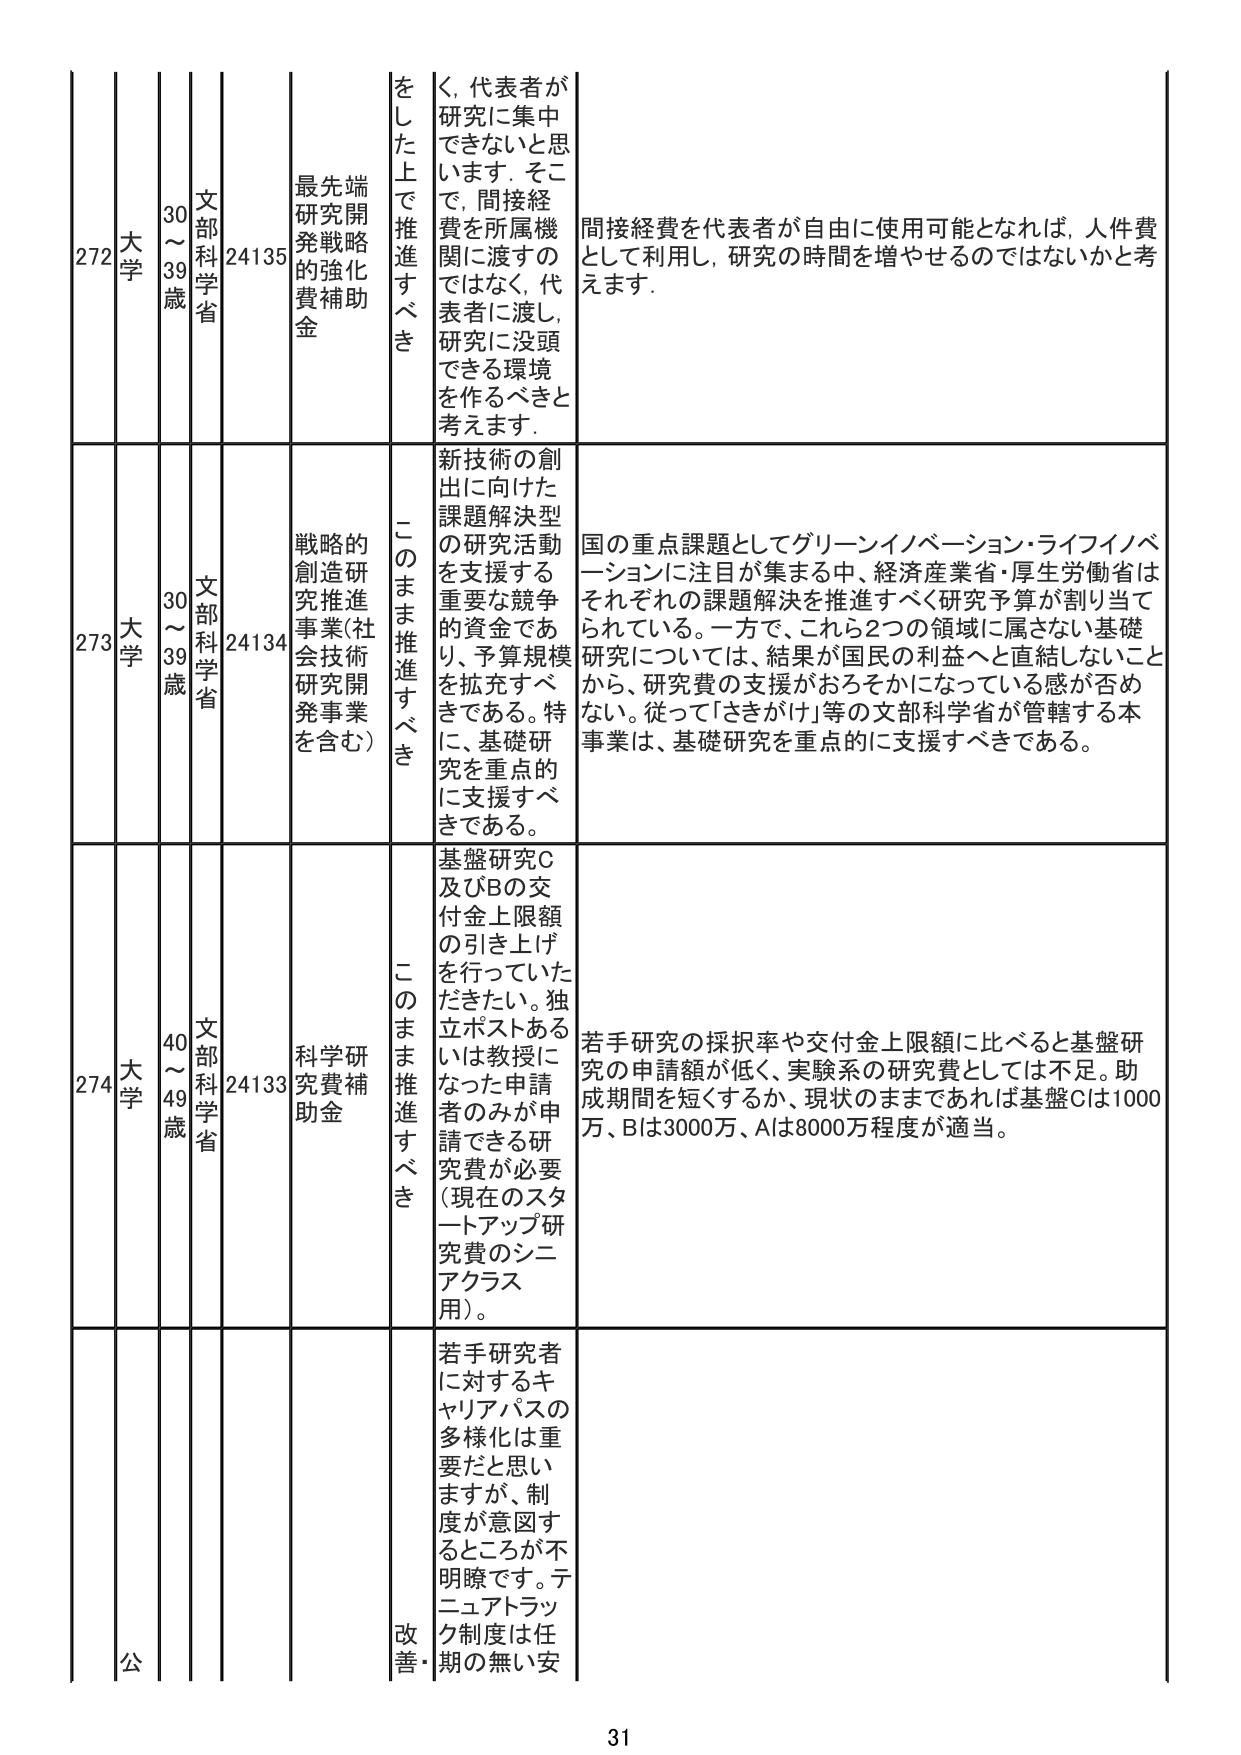
272 大学 30～39歳 文部科学省 24135 最先端研究開発戦略的強化費補助金 をした上で推進すべき く、代表者が研究に集中できないと思います。そこで、間接経費を所属機関に渡すのではなく、代表者に渡し、研究に没頭できる環境を作るべきと考えます。 間接経費を代表者が自由に使用可能となれば、人件費として利用し、研究の時間を増やせるのではないかと考えます。

273 大学 30～39歳 文部科学省 24134 戦略的創造研究推進事業（社会技術研究開発事業を含む） このまま推進すべき 新技術の創出に向けた課題解決型の研究活動を支援する重要な競争的資金であり、予算規模を拡充すべきである。特に、基礎研究を重点的に支援すべきである。 国の重点課題としてグリーンイノベーション・ライフイノベーションに注目が集まる中、経済産業省・厚生労働省はそれぞれの課題解決を推進すべく研究予算が割り当てられている。一方で、これら2つの領域に属さない基礎研究については、結果が国民の利益へと直結しないことから、研究費の支援がおろそかになっている感が否めない。従って「さきがけ」等の文部科学省が管轄する本事業は、基礎研究を重点的に支援すべきである。

274 大学 40～49歳 文部科学省 24133 科学研究費補助金 このまま推進すべき 基盤研究C及びBの交付金上限額の引き上げを行っていただきたい。独立ポストあるいは教授になった申請者のみが申請できる研究費が必要（現在のスタートアップ研究費のシニアクラス用）。 若手研究の採択率や交付金上限額に比べると基盤研究の申請額が低く、実験系の研究費としては不足。助成期間を短くするか、現状のままであれば基盤Cは1000万、Bは3000万、Aは8000万程度が適当。

公 改善・ 若手研究者に対するキャリアパスの多様化は重要だと思いますが、制度が意図するところが不明瞭です。テニュアトラック制度は任期の無い安

31